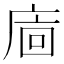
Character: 𢈺